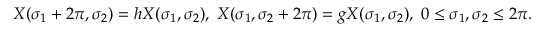
X ( \sigma _ { 1 } + 2 \pi , \sigma _ { 2 } ) = h X ( \sigma _ { 1 } , \sigma _ { 2 } ) , \; X ( \sigma _ { 1 } , \sigma _ { 2 } + 2 \pi ) = g X ( \sigma _ { 1 } , \sigma _ { 2 } ) , \; 0 \leq \sigma _ { 1 } , \sigma _ { 2 } \leq 2 \pi .